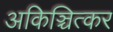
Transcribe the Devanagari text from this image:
अकिञ्चित्कर